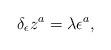
LaTeX: \begin{align*}\delta _\epsilon z^a=\lambda \epsilon ^a,\end{align*}